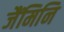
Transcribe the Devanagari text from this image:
जैंमिनि